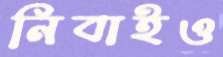
নিবাইও